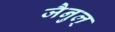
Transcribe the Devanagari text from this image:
जैनुल्